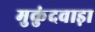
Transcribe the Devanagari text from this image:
मुकुंदवाड़ा